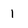
Character: 1